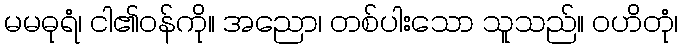
မမဓုရံ၊ ငါ၏ဝန်ကို။ အညော၊ တစ်ပါးသော သူသည်။ ဝဟိတုံ၊